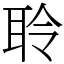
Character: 聆